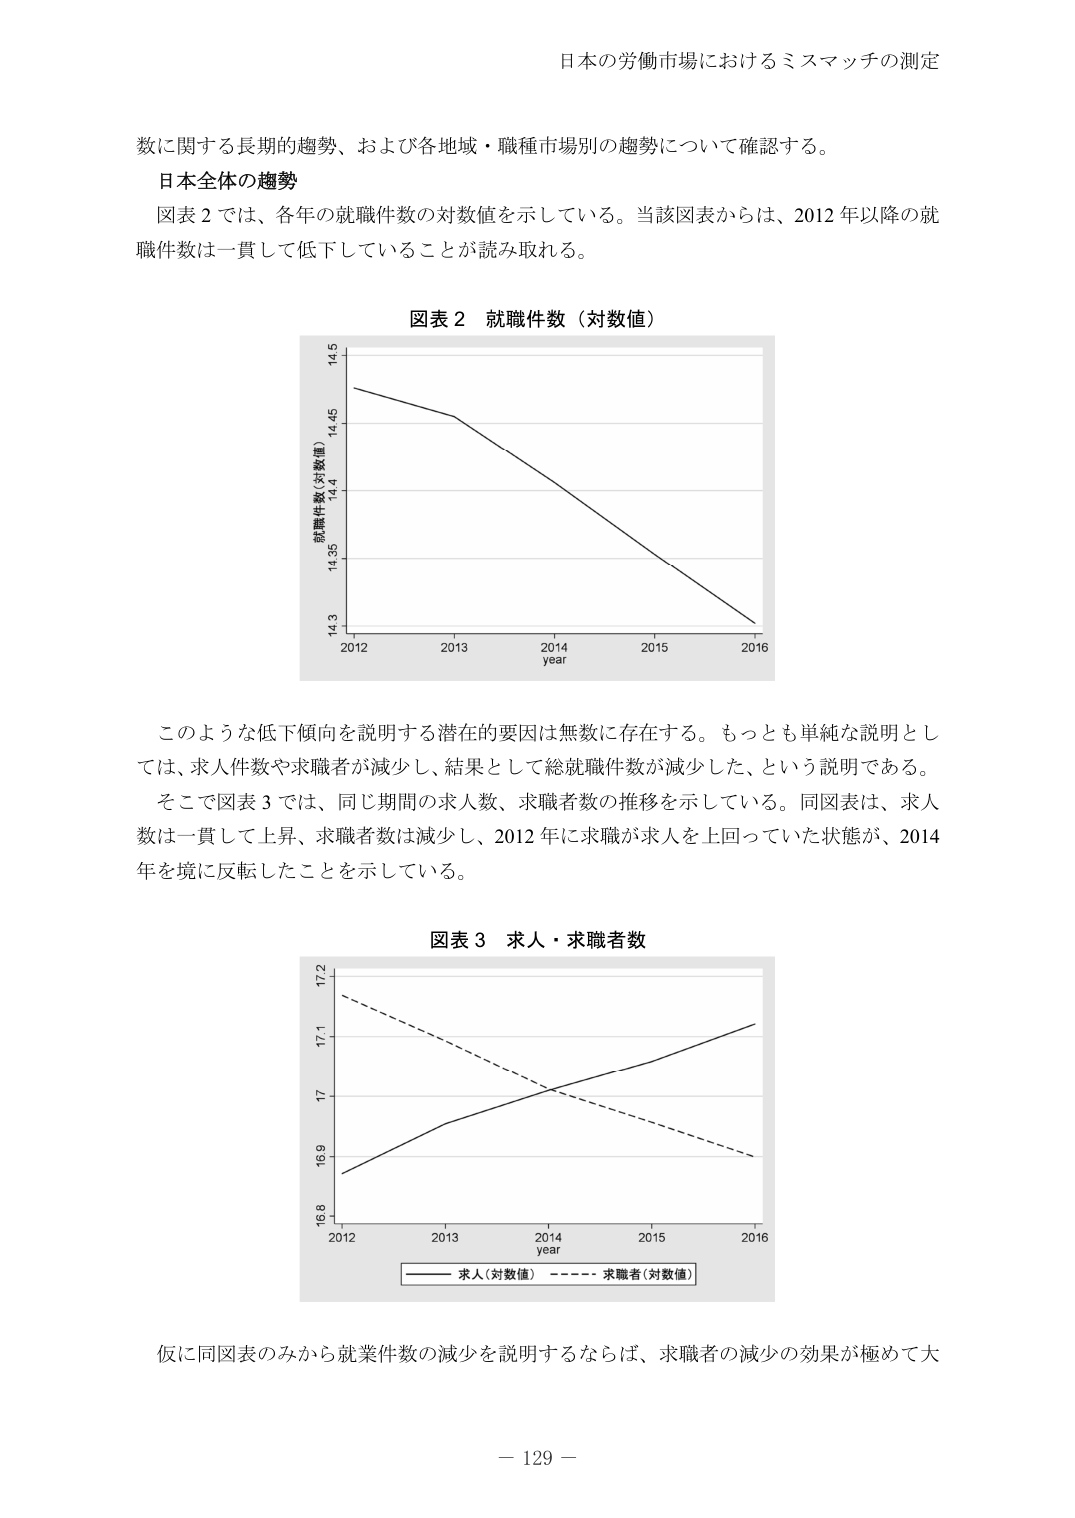
日本の労働市場におけるミスマッチの測定

数に関する長期的趨勢、および各地域・職種市場別の趨勢について確認する。

日本全体の趨勢

図表２では、各年の就職件数の対数値を示している。当該図表からは、2012年以降の就職件数は一貫して低下していることが読み取れる。

図表２ 就職件数（対数値）

就職件数（対数値）
14.5
14.45
14.4
14.35
14.3
2012 2013 2014 2015 2016
year

このような低下傾向を説明する潜在的要因は無数に存在する。もっとも単純な説明としては、求人件数や求職者が減少し、結果として総就職件数が減少した、という説明である。

そこで図表３では、同じ期間の求人数、求職者数の推移を示している。同図表は、求人数は一貫して上昇、求職者数は減少し、2012年に求職が求人を上回っていた状態が、2014年を境に反転したことを示している。

図表３ 求人・求職者数

17.2
17.1
17
16.9
16.8
2012 2013 2014 2015 2016
year
求人（対数値） 求職者（対数値）

仮に同図表のみから就業件数の減少を説明するならば、求職者の減少の効果が極めて大

－ 129 －